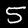
Label: 5